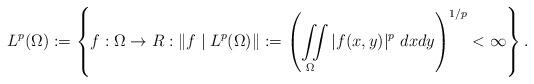
LaTeX: \begin{align*}L^{p}(\Omega):=\left\{ f:\Omega \to R:\|f\mid{L^{p}(\Omega)}\|:=\left(\iint\limits _{\Omega}|f(x,y)|^{p}~dxdy\right)^{1/p}<\infty\right\} .\end{align*}